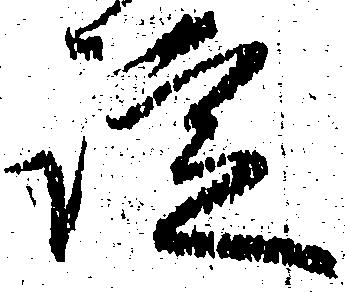
諚